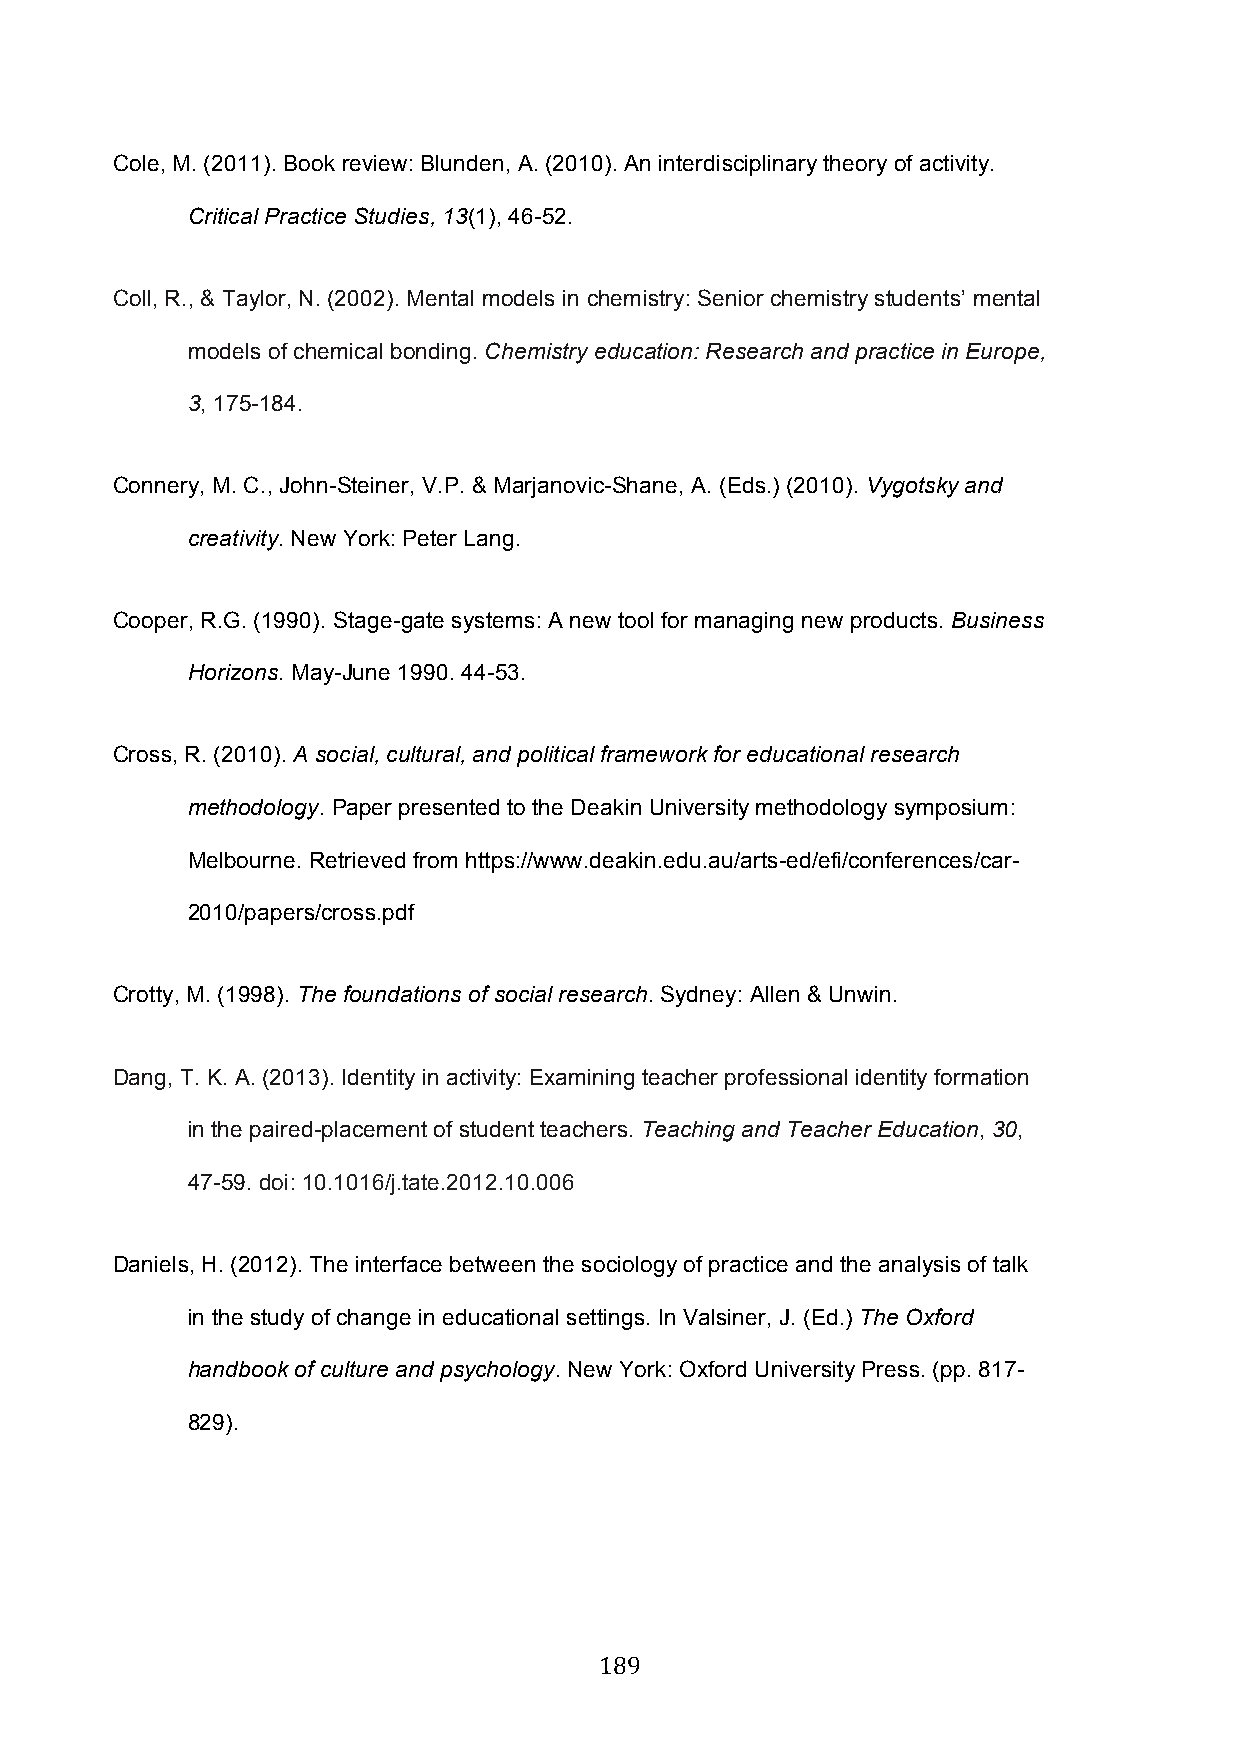
Cole, M. (2011). Book review: Blunden, A. (2010). An interdisciplinary theory of activity.
 Critical Practice Studies, 13(1), 46-52.
 Coll, R., & Taylor, N. (2002). Mental models in chemistry: Senior chemistry students’ mental
 models of chemical bonding. Chemistry education: Research and practice in Europe,
 3, 175-184.
 Connery, M. C., John-Steiner, V.P. & Marjanovic-Shane, A. (Eds.) (2010). Vygotsky and
 creativity. New York: Peter Lang.
 Cooper, R.G. (1990). Stage-gate systems: A new tool for managing new products. Business
 Horizons. May-June 1990. 44-53.
 Cross, R. (2010). A social, cultural, and political framework for educational research
 methodology. Paper presented to the Deakin University methodology symposium:
 Melbourne. Retrieved from https://www.deakin.edu.au/arts-ed/efi/conferences/car-
 2010/papers/cross.pdf
 Crotty, M. (1998). The foundations of social research. Sydney: Allen & Unwin.
 Dang, T. K. A. (2013). Identity in activity: Examining teacher professional identity formation
 in the paired-placement of student teachers. Teaching and Teacher Education, 30,
 47-59. doi: 10.1016/j.tate.2012.10.006
 Daniels, H. (2012). The interface between the sociology of practice and the analysis of talk
 in the study of change in educational settings. In Valsiner, J. (Ed.) The Oxford
 handbook of culture and psychology. New York: Oxford University Press. (pp. 817-
 829).
 189